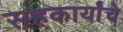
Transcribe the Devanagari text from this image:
सहकार्यांचे